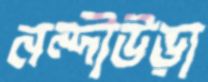
নন্দীউড়া